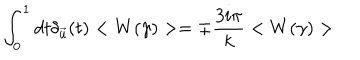
LaTeX: \int _ { 0 } ^ { 1 } d t \delta _ { \vec { u } } ( t ) < W ( \gamma ) > = \mp { \frac { 3 i \pi } { k } } < W ( \gamma ) >